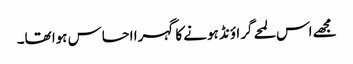
مجھے اس لمحے گراؤنڈ ہونے کا گہرا احساس ہوا تھا۔